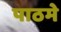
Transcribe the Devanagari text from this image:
पाठमे